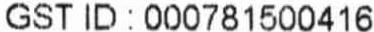
GST ID : 000781500416